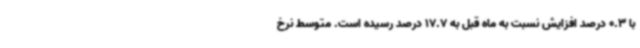
با 0.3 درصد افزایش نسبت به ماه قبل به 17.7 درصد رسیده است. متوسط نرخ